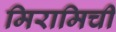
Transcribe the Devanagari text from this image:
मिरामिची